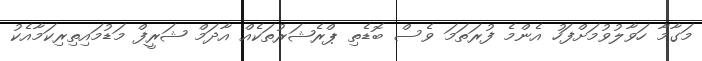
މަގާމާ ހަވާލުވުމަށްފަހު އެންމެ ފުރަތަމަ ވެސް ބޮޑެތި ޕްރެޝަރުތަކެއް އާދަމް ޝަރީފް މަޑުމައިތިރިކަމާއެކު